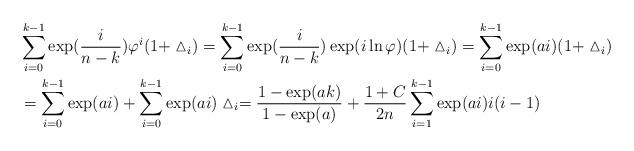
LaTeX: \begin{align*}&\sum_{i=0}^{k-1} \exp(\frac{i}{n-k} ) \varphi^i(1+ \vartriangle_i) = \sum_{i=0}^{k-1} \exp(\frac{i}{n-k} ) \exp(i \ln \varphi ) (1+ \vartriangle_i) = \sum_{i=0}^{k-1} \exp(ai) (1+ \vartriangle_i)\\&= \sum_{i=0}^{k-1} \exp(ai)+ \sum_{i=0}^{k-1} \exp(ai) \vartriangle_i = \frac{1- \exp(ak)}{1-\exp(a)} + \frac{1+C}{2n} \sum_{i=1}^{k-1} \exp(ai) i(i-1)\\\end{align*}